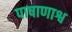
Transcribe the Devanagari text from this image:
पाषाणाश्व